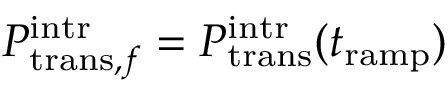
P _ { \mathrm { t r a n s } , f } ^ { \mathrm { i n t r } } = P _ { \mathrm { t r a n s } } ^ { \mathrm { i n t r } } ( t _ { \mathrm { r a m p } } )